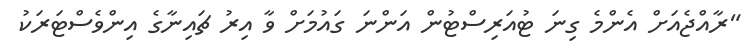
"ރާއްޖެއަށް އެންމެ ގިނަ ޓުއަރިސްޓުން އަންނަ ގައުމަށް ވާ އިރު ޗައިނާގެ އިންވެސްޓަރަކު